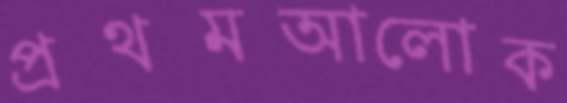
প্রথমআলোক